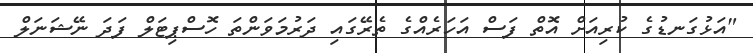
"އަޅުގަނޑުގެ ކުރިއަށް އޮތް ފަސް އަހަރެއްގެ ތެރޭގައި ދަރުމަވަންތަ ހޮސްޕިޓަލް ފަދަ ނޭޝަނަލް